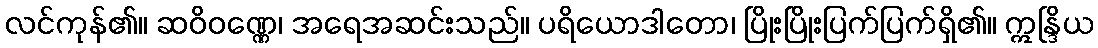
လင်ကုန်၏။ ဆဝိဝဏ္ဏေ၊ အရေအဆင်းသည်။ ပရိယောဒါတော၊ ပြိုးပြိုးပြက်ပြက်ရှိ၏။ ဣန္ဒြိယ